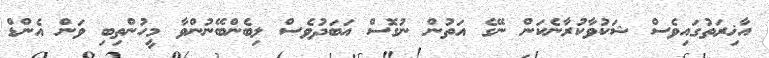
އާޚިރަތުގައިވެސް ޝަކުވާކުރާނެކަން ނޭގެ އަތުން ނުގޮސް އަބަދުވެސް ލިބެންބޭނުންވާ މީހުންތިބި ވަން އެންޑް